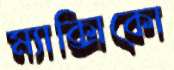
ম্যাক্সিকো